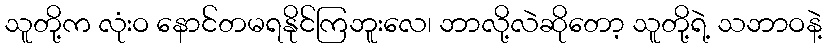
သူတို့က လုံးဝ နောင်တမရနိုင်ကြဘူးလေ၊ ဘာလို့လဲဆိုတော့ သူတို့ရဲ့ သဘာဝနဲ့